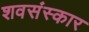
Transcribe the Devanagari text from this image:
शवसंस्कार